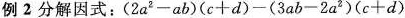
例2分解因式: $$( 2 a ^ { 2 } - a b ) ( c + d ) - ( 3 a b - 2 a ^ { 2 } ) ( c + d )$$